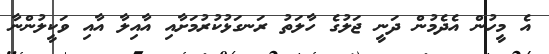
އެ މީހުން އެދެމުން ދަނީ ޖަލުގެ ހާލަތު ރަނގަޅުކުރުމަށާއި އާއިލާ އާއި ވަކީލުންނާ